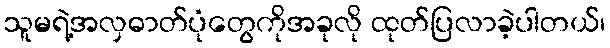
သူမရဲ့အလှဓာတ်ပုံတွေကိုအခုလို ထုတ်ပြလာခဲ့ပါတယ်၊